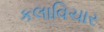
કલાવિચાર